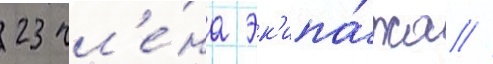
23 чл'е́на эк'ипа́жа //